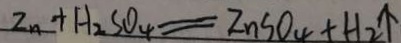
Z n + H _ { 2 } S O _ { 4 } = Z n S O _ { 4 } + H _ { 2 } \uparrow